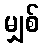
မျှစ်